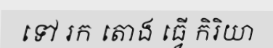
ទៅ រក តោង ធ្វើ កិរិយា